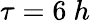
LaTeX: \tau=6\ h